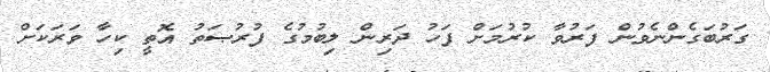
ގަރުބަގެންނެވުން ފަރުވާ ކުރުމަށް ފަހު ދަރިން ލިބުމުގެ ފުރުޞަތު އޮތީ ކިހާ ވަރަކަށް